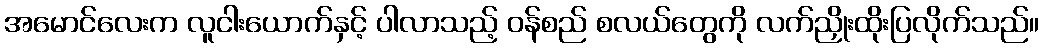
အမောင်လေးက လူငါးယောက်နှင့် ပါလာသည့် ဝန်စည် စလယ်တွေကို လက်ညှိုးထိုးပြလိုက်သည်။